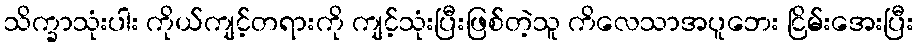
သိက္ခာသုံးပါး ကိုယ်ကျင့်တရားကို ကျင့်သုံးပြီးဖြစ်တဲ့သူ ကိလေသာအပူဘေး ငြိမ်းအေးပြီး